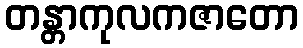
တန္တာကုလကဇာတော